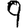
Digit: 9